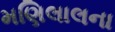
મણિલાલના